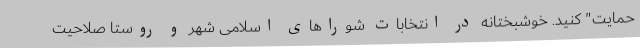
حمایت" کنید. خوشبختانه در انتخابات شوراهای اسلامی شهر و روستا صلاحیت